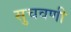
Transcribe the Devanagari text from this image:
सुचवणी